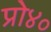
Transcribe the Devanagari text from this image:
प्रो४०